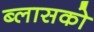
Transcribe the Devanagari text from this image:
ब्लासको